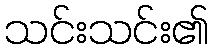
သင်းသင်း၏